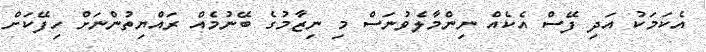
އެކަމަކު އަދި ފޭސް އެކެއް ނިންމާލެވުނަސް މި ނިޒާމުގެ ބޭނުމެއް ރައްޔިތުންނަށް ހިފޭކަށް